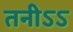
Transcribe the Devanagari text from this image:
तनीऽऽ